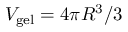
V _ { \mathrm { g e l } } = 4 \pi R ^ { 3 } / 3